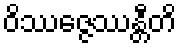
ဝိဿဇ္ဇေဿန္တီတိ